Indian journal of veterinary science and animal husbandry - Volume 7,
Year: 1937
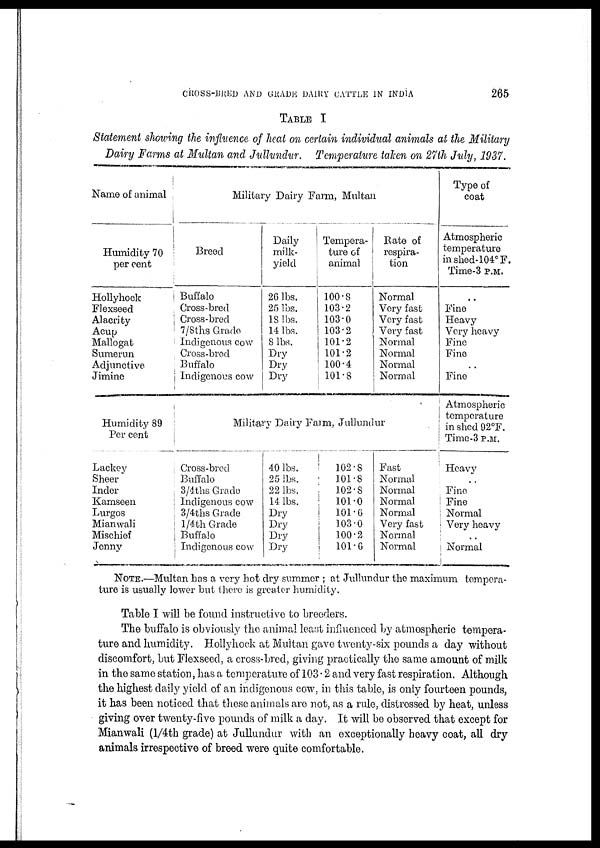
CROSS-BRED AND GRADE DAIRY CATTLE IN INDIA
265
TABLE I
Statement showing the influence of heat on certain individual animals at the Military
Dairy Farms at Multan and Jullundur.
Temperature taken on 27th July, 1937.
Name of animal
Humidity 70
per cent
Hollyhock
Flexseed
Alacrity
Acup
Mallogat
Sumerun
Adjunctive.
Jimine
Military Dairy Farm, Multan
Breed
Buffalo
Cross-bred
Cross-bred
7/8ths Grade
Indigenous cow
Cross-bred
Buffalo
Indigenous cow
Daily
milk-
yield
26 lbs.
25 lbs.
18 lbs.
14 lbs.
8 lbs.
Dry
Dry
Dry
Tempera-
ture of
animal
100.8
103.2
103.0
103.2
101.2
101.2
100.4
101.8
Rate of
respira-
tion
Normal
Very fast
Very fast
Very fast
Normal
Normal
Normal
Normal
Type of
coat
Atmospheric
temperature
in shed-104° F.
Time-3 P.M.
..
Fine
Heavy
Very heavy
Fine
Fine
. .
Fine
Humidity 89
Per cent
Lackey
Sheer
Inder
Kamseen
Lurgos
Mianwali
Mischief
Jenny
Military Dairy Farm, Jullundur
Cross-bred
Buffalo
3/4ths Grade
Indigenous cow
3/4ths Grade
l/4th Grade
Buffalo
Indigenous cow
40 lbs.
25 lbs.
22 lbs.
14 lbs.
Dry
Dry
Dry
Dry
102.8
101.8
102.8
101.0
101.6
103.0
100.2
101.6
Fast
Normal
Normal
Normal
Normal
Very fast
Normal
Normal
Atmospheric
temperature
in shed 92°F.
Time-3 P.M.
Heavy
..
Fine
Fine
Normal
Very heavy
. .
Normal
NOTE.—Multan has a very hot dry summer ; at Jullundur the maximum tempera-
ture is usually lower but there is greater humidity.
Table I will be found instructive to breeders.
The buffalo is obviously the animal least influenced by atmospheric tempera-
ture and humidity. Hollyhock at Multan gave twenty-six pounds a day without
discomfort, but Flexseed, a cross-bred, giving practically the same amount of milk
in the same station, has a temperature of 103.2 and very fast respiration. Although
the highest daily yield of an indigenous cow, in this table, is only fourteen pounds,
it has been noticed that these animals are not, as a rule, distressed by heat, unless
giving over twenty-five pounds of milk a day. It will be observed that except for
Mianwali (1/4th grade) at Jullundur with an exceptionally heavy coat, all dry
animals irrespective of breed were quite comfortable.